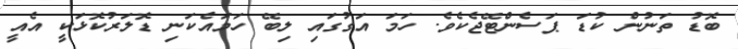
ބޮޑު ތަނުން ކުޑަ ޕަސެންޓޭޖެކެވެ. ހަމަ އަގުގައި ލިބޭ ހަމައެކަނި ޑޮލަރުކޮޅަކީ އެއީ